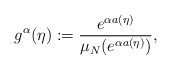
\begin{align*}g^{\alpha}(\eta):=\frac{e^{\alpha a(\eta)}}{\mu_N(e^{\alpha a(\eta)})},\end{align*}